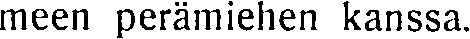
meen perämiehen kanssa.